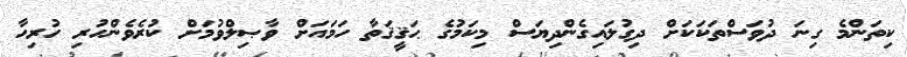
ކިތަންމެ ގިނަ ދުވަސްތަކަކަށް ދިގުލައިގެންދިޔަސް މިކަމުގެ ޙަޤީޤަތާ ހަމައަށް ވާޞިލްވުމަށް ކުރެވެންހުރި ހުރިހާ